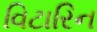
વિટારિન